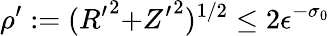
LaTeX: \rho^{\prime}:=({R^{\prime}}^{2}{+}{Z^{\prime}}^{2})^{1/2}\le 2\epsilon^{-\sigma_{0}}